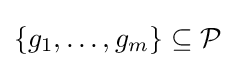
\{g_{1},\ldots ,g_{m}\}\subseteq {\mathcal {P}}